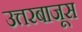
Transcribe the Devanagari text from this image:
उत्तरबाजूस